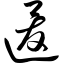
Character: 逡